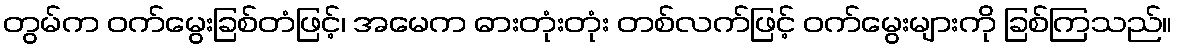
တွမ်က ဝက်မွေးခြစ်တံဖြင့်၊ အမေက ဓားတုံးတုံး တစ်လက်ဖြင့် ဝက်မွေးများကို ခြစ်ကြသည်။